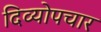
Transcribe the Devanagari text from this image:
दिव्योपचार